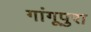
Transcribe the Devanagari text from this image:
गांगूपुरा